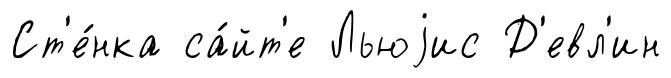
Ст'е́нка са́йт'е Льюjис Д'евл'ин